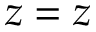
z = z